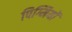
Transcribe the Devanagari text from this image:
पिग्मियों